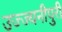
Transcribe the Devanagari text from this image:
उज्ज्यनीपुरी